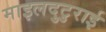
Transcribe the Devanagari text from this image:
माइलदुटुराई